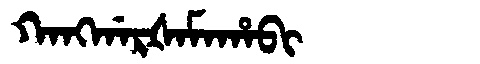
Manchu: ᡴᠠᠩᡤᠠᡵᡧᠠᠮᠠᡥᠠᠪᡳ
Romanization: KANGGARŠAMAHABI